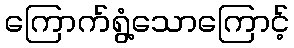
ကြောက်ရွံ့သောကြောင့်